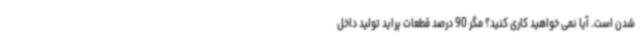
شدن است. آیا نمی خواهید کاری کنید؟ مگر 90 درصد قطعات پراید تولید داخل